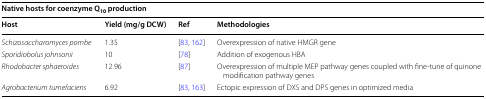
<table><thead><tr><td colspan="4"><b>Native hosts for coenzyme Q<sub>10</sub> production</b></td></tr><tr><td><b>Host</b></td><td><b>Yield (mg/g DCW)</b></td><td><b>Ref</b></td><td><b>Methodologies</b></td></tr></thead><tbody><tr><td><i>Schizosaccharomyces pombe</i></td><td>1.35</td><td>[83, 162]</td><td>Overexpression of native HMGR gene</td></tr><tr><td><i>Sporidiobolus johnsonii</i></td><td>10</td><td>[78]</td><td>Addition of exogenous HBA</td></tr><tr><td><i>Rhodobacter sphaeroides</i></td><td>12.96</td><td>[87]</td><td>Overexpression of multiple MEP pathway genes coupled with fine-tune of quinone modification pathway genes</td></tr><tr><td><i>Agrobacterium tumefaciens</i></td><td>6.92</td><td>[83, 163]</td><td>Ectopic expression of DXS and DPS genes in optimized media</td></tr></tbody></table>